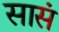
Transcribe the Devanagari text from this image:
सासं